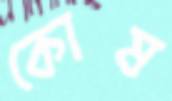
কোষ